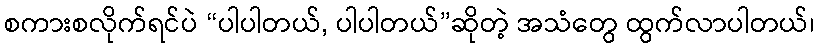
စကားစလိုက်ရင်ပဲ “ပါပါတယ်, ပါပါတယ်”ဆိုတဲ့ အသံတွေ ထွက်လာပါတယ်၊